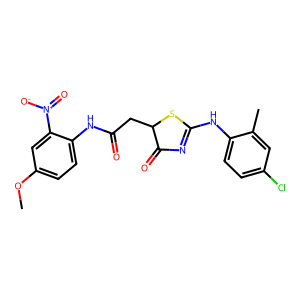
SMILES: COc1ccc(NC(=O)CC2SC(Nc3ccc(Cl)cc3C)=NC2=O)c([N+](=O)[O-])c1
Inhibits HIV replication: No